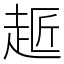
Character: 䞪